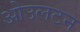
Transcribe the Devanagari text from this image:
ओउलटन